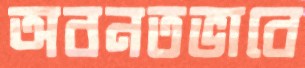
অবনতভাবে